Account of plague administration in the Bombay Presidency from September 1896 till May 1897
Year: 1896
Disease focus: Plague
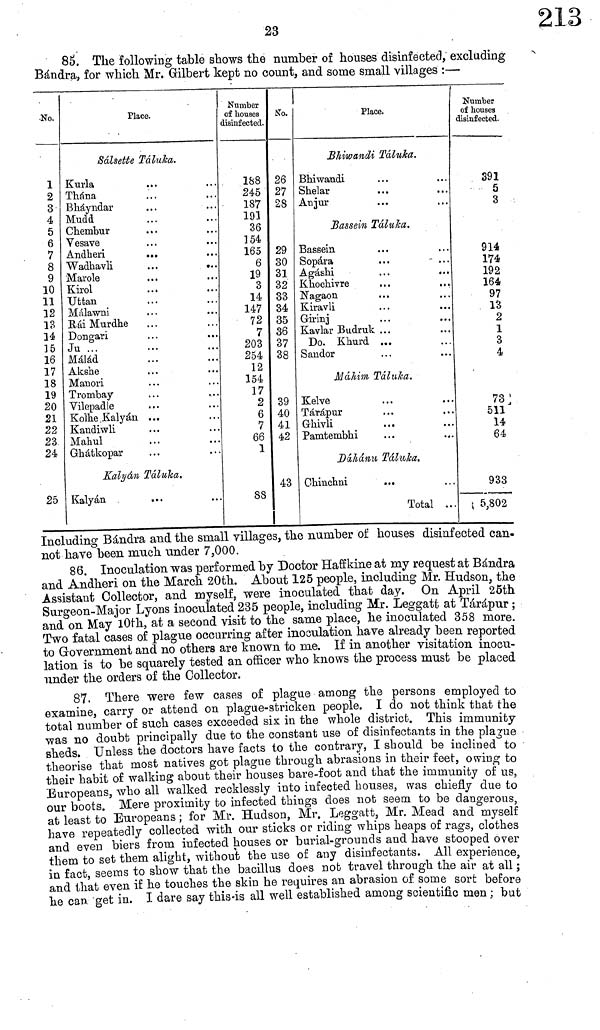
23
85. The following table shows the number of houses disinfected, excluding
Bándra, for which Mr. Gilbert kept no count, and some small villages :—
No.
1
2
3
4
5
6
7
8
9
10
11
12
13
14
15
16
17
18
19
20
21
22
23
24
25
Place.
Sálsette Táluka.
Kurla
Thána
Bháyndar
Mudd
Chembur
Vesave
Andheri
...
Wadhavli
...
.
Marole
Kirol
Uttan
Malawni
Ráí Murdhe
Dongari
Ju . .
Málád
Akshe
Manori
Trombay
Vilepadle
Kolhe Kalyán ...
Kandiwli
Mahul
Ghátkopar
Kalyán Táluka,
Kalyán
Number
of houses
disinfected.
1S8
245
187
191
36
154
165
6
19
3
14
147
72
7
203
254
12
154
17
2
6
7
66
1
88
No.
26
27
28
29
30
31
32
33
34
35
36
37
38
39
40
41
42
43
Place.
Bhiwandi Táluka.
Bhiwandi
Shelar
Anjur
Bassein Táluka.
Bassein
Sopara
...
Agáshi
Khochivre
...
Nagaon
Kiravli
Girinj
...
. .
Kaviar Budruk ...
Do. Khurd ...
Sandor
Máhim Taluka.
Kelve
Tárápur
Ghivli
Pamtembhi
Dáhánu Táluka,
Chinchni
...
Total ...
Number
of houses
disinfected.
391
5
3
914
174
192
164
97
13
2
1
3
4
73
511
14
64
933
,. "-.
5,802
Including Bándra and the small villages, the number of houses disinfected can·
not have been much tinder 7,000.
86. Inoculation was performed by Doctor Haffkine at my request at Bándra
and Andheri on the March 20th. About 125 people, including Mr. Hudson, the
Assistant Collector, and myself, were inoculated that day. On April 25th
Surgeon-Major Lyons inoculated 235 people, including Mr. Leggatt at Tárápur ;
and on May 10th, at a second visit to the same place, he inoculated 358 more.
Two fatal cases of plague occurring after inoculation have already been reported
to Government and no others are known to me. If in another visitation inocu-
lation is to be squarely tested an officer who knows the process must be placed
under the orders of the Collector.
87. There were few cases of plague among the persons employed to
examine, carry or attend ou plague-stricken people. I do not think that the
total number of such cases exceeded six in the whole district. This immunity
was no doubt principally due to the constant use of disinfectants in the plague
sheds. Unless the doctors have facts to the contrary, I should be inclined to
theorise that most natives got plague through abrasions in their feet, owing to
their habit of walking about their houses bare-foot and that the immunity of us,
Europeans, who all walked recklessly into infected houses, was chiefly due to
our boots. Mere proximity to infected things does not seem to be dangerous,
at least to Europeans ; for Mr. Hudson, Mr. Leggatt, Mr. Mead and myself
have repeatedly collected with our sticks or riding whips heaps of rags, clothes
and even biers from infected houses or burial-grounds and have stooped over
them to set them alight, without the use of any disinfectants. All experience,
in fact, seems to show that the bacillus does nob travel through the air at all ;
and that even if he touches the skin he requires an abrasion of some sort before
he can get in. I dare say this is all well established among scientific men ; but